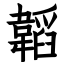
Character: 韜